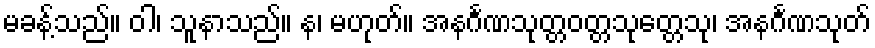
မခန့်သည်။ ဝါ၊ သူနာသည်။ န၊ မဟုတ်။ အနင်္ဂဏသုတ္တဝတ္တသုတ္တေသု၊ အနင်္ဂဏသုတ်